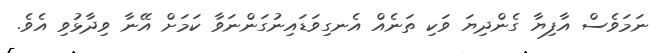
ނަމަވެސް އާފިޔާ ގެންދިޔަ ވަކި ތަނެއް އެނގިވަޑައިނުގަންނަވާ ކަމަށް އޭނާ ވިދާޅުވި އެވެ.